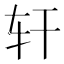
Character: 轩